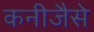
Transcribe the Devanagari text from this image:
कनीजैसे